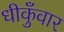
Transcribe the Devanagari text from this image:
धीकुँवार